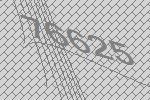
76625